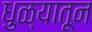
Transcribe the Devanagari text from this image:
धुळ्यातून